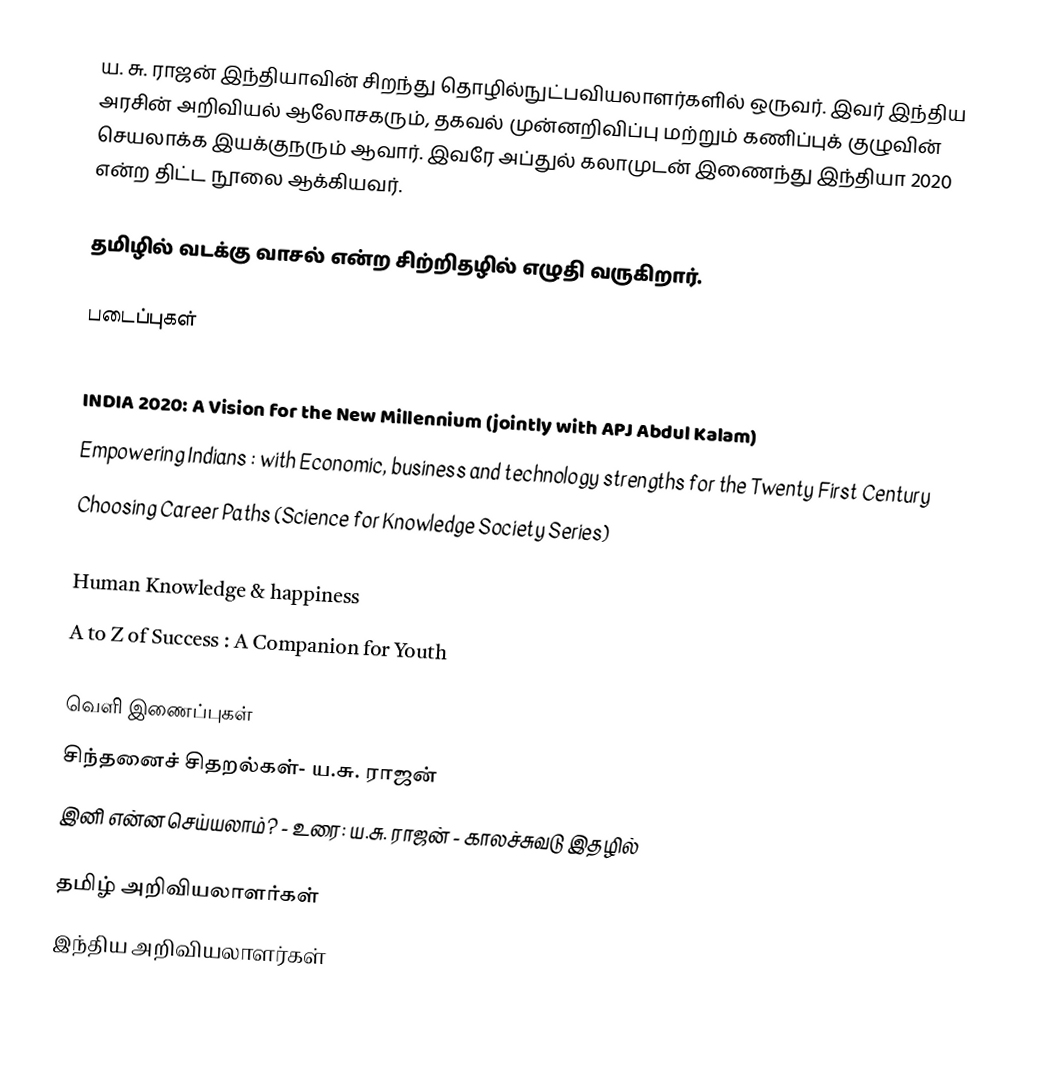
ய. சு. ராஜன் இந்தியாவின் சிறந்து தொழில்நுட்பவியலாளர்களில் ஒருவர்.  இவர் இந்திய அரசின் அறிவியல் ஆலோசகரும், தகவல் முன்னறிவிப்பு மற்றும் கணிப்புக் குழுவின் செயலாக்க இயக்குநரும் ஆவார்.  இவரே அப்துல் கலாமுடன் இணைந்து இந்தியா 2020 என்ற திட்ட நூலை ஆக்கியவர்.

தமிழில் வடக்கு வாசல் என்ற சிற்றிதழில் எழுதி வருகிறார்.

படைப்புகள்
 Remote sensing
 INDIA 2020: A Vision for the New Millennium (jointly with APJ Abdul Kalam)
 Empowering Indians : with Economic, business and technology strengths for the Twenty First Century
 Choosing Career Paths (Science for Knowledge Society Series)
 Global Business Technology and Knowledge Sharing : Lessons for Developing Country Enterprises
 Human Knowledge & happiness
 A to Z of Success : A Companion for Youth

வெளி இணைப்புகள்
 சிந்தனைச் சிதறல்கள்- ய.சு. ராஜன்
 இனி என்ன செய்யலாம்? - உரை: ய.சு. ராஜன் - காலச்சுவடு இதழில்

தமிழ் அறிவியலாளர்கள்
இந்திய அறிவியலாளர்கள்